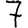
Digit: 7